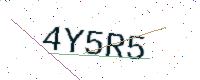
Text: 4Y5R5